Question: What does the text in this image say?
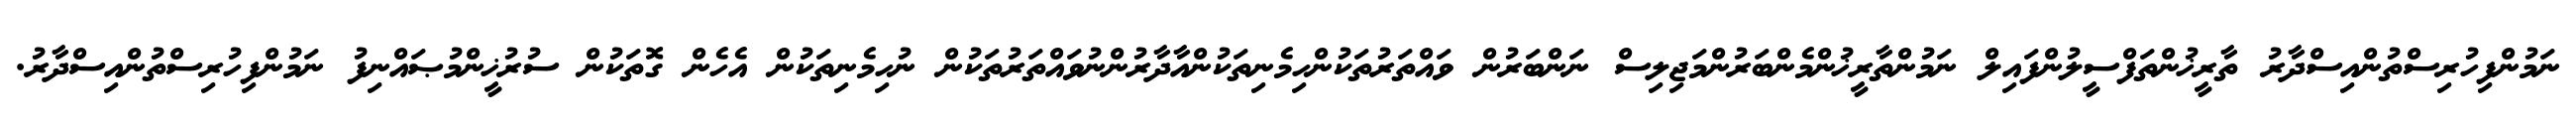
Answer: ނަމުންފިހުރިސްތުންއިސްދާރު ތާރީޚުންތަފްސީލުންފައިލް ނަމުންތާރީޚުންމެންބަރުންމަޖިލިސް ނަންބަރުން ވައްތަރުތަކުންހިމެނިތަކުންއާދާރުންނުވައްތަރުތަކުން ނުހިމެނިތަކުން އެހެން ގޮތަކުން ސުރުޚީންމުޞައްނިފު ނަމުންފިހުރިސްތުންއިސްދާރު.